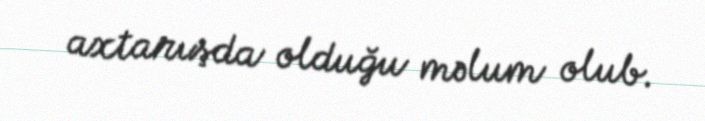
axtarışda olduğu məlum olub.